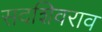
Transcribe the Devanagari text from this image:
सदशिवराव